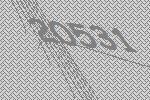
20531